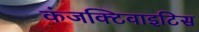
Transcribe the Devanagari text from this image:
कंजक्टिवाइटिस